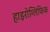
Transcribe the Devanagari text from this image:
हाइरोग्लिफिक